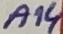
Text: A14